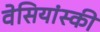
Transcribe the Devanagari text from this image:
वेसियांस्की